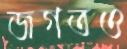
জগতও